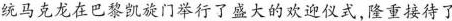
统马克龙在巴黎凯旋门举行了盛大的欢迎仪式，隆重接待了